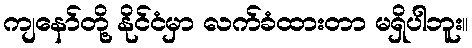
ကျနော်တို့ နိုင်ငံမှာ လက်ခံထားတာ မရှိပါဘူး။